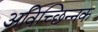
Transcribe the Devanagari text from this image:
अविच्छिन्नक